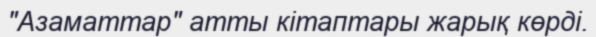
"Азаматтар" атты кітаптары жарық көрді.